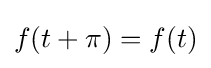
f(t+\pi )=f(t)